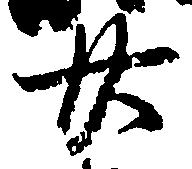
廿